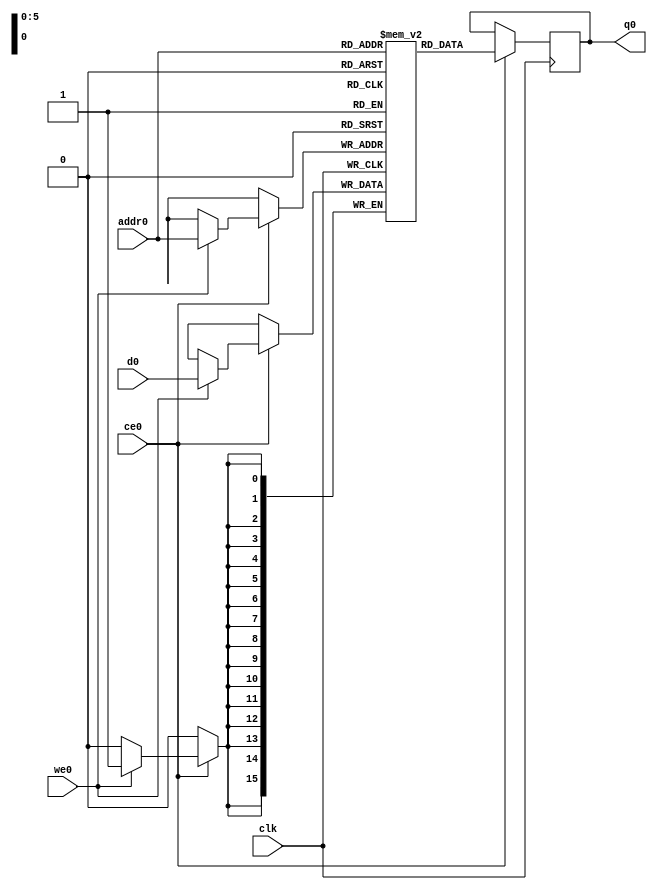
// ==============================================================
// Vivado(TM) HLS - High-Level Synthesis from C, C++ and SystemC v2019.2 (64-bit)
// Copyright 1986-2019 Xilinx, Inc. All Rights Reserved.
// ==============================================================
`timescale 1 ns / 1 ps
module conv_2d_cl_ss_ap_fixed_ap_fixed_16_5_5_3_0_config60_s_tmpLf8_ram (addr0, ce0, d0, we0, q0,  clk);

parameter DWIDTH = 16;
parameter AWIDTH = 6;
parameter MEM_SIZE = 64;

input[AWIDTH-1:0] addr0;
input ce0;
input[DWIDTH-1:0] d0;
input we0;
output reg[DWIDTH-1:0] q0;
input clk;

(* ram_style = "block" *)reg [DWIDTH-1:0] ram[0:MEM_SIZE-1];




always @(posedge clk)  
begin 
    if (ce0) begin
        if (we0) 
            ram[addr0] <= d0; 
        q0 <= ram[addr0];
    end
end


endmodule

`timescale 1 ns / 1 ps
module conv_2d_cl_ss_ap_fixed_ap_fixed_16_5_5_3_0_config60_s_tmpLf8(
    reset,
    clk,
    address0,
    ce0,
    we0,
    d0,
    q0);

parameter DataWidth = 32'd16;
parameter AddressRange = 32'd64;
parameter AddressWidth = 32'd6;
input reset;
input clk;
input[AddressWidth - 1:0] address0;
input ce0;
input we0;
input[DataWidth - 1:0] d0;
output[DataWidth - 1:0] q0;



conv_2d_cl_ss_ap_fixed_ap_fixed_16_5_5_3_0_config60_s_tmpLf8_ram conv_2d_cl_ss_ap_fixed_ap_fixed_16_5_5_3_0_config60_s_tmpLf8_ram_U(
    .clk( clk ),
    .addr0( address0 ),
    .ce0( ce0 ),
    .we0( we0 ),
    .d0( d0 ),
    .q0( q0 ));

endmodule